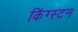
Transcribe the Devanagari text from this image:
किंग्‍स्‍टन